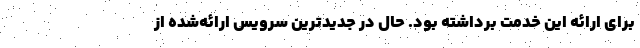
برای ارائه این خدمت برداشته بود. حال در جدیدترین سرویس ارائه‌شده از